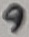
Text: 9